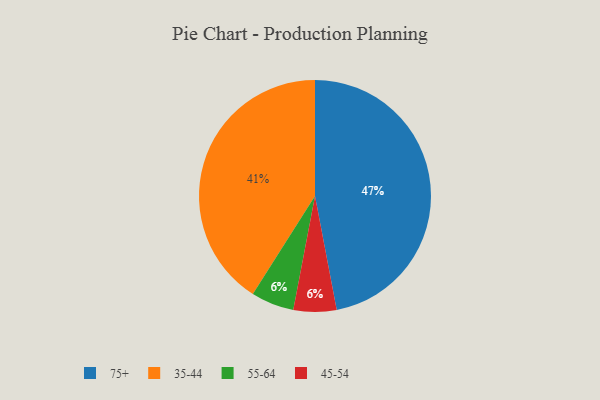
{"axis": {"x": "Category", "y": "Percentage"}, "legend": ["35-44", "45-54", "55-64", "75+"], "data": [{"x": "35-44", "y": 41, "type": "35-44"}, {"x": "75+", "y": 47, "type": "75+"}, {"x": "55-64", "y": 6, "type": "55-64"}, {"x": "45-54", "y": 6, "type": "45-54"}]}